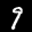
Label: 9